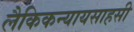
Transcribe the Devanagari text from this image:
लैकिकन्यायसाहसी